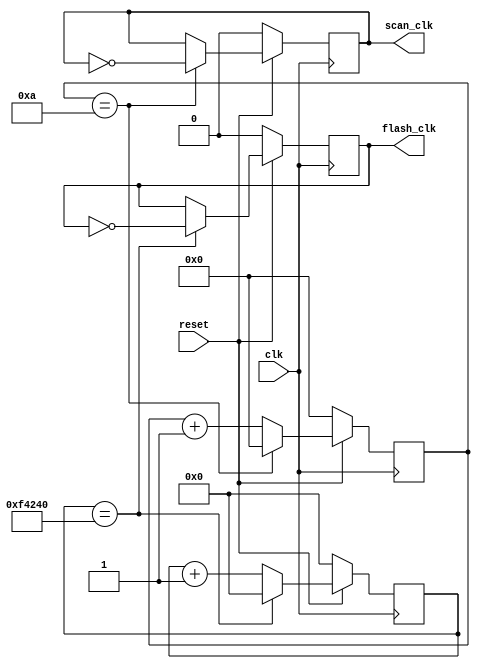
module	clk_generate(
	input		wire		clk,			//20MHZ
	input		wire		reset,
	
	output	reg		scan_clk,	//1MHZ
	output	reg		flash_clk	//10HZ
	
//	output	reg		decoder_clk	//64MHZ
);

reg[3:0]		scan_clk_cnt;
reg[19:0]	flash_clk_cnt;

always	@	(posedge	clk)	begin		//scan_clk	generate	1MHZ
	if(!reset)	begin
		scan_clk				<=	1'b0;
		scan_clk_cnt		<=	4'h0;
	end	else	begin
		if(scan_clk_cnt == 4'ha)	begin		//clk=20M, flip=10
			scan_clk			<=	~scan_clk;
			scan_clk_cnt	<=	4'h0;
		end	else	begin
			scan_clk_cnt	<=	scan_clk_cnt + 1;
		end
	end
end

always	@	(posedge	clk)	begin		//flash_clk generate 10HZ
	if(!reset)	begin
		flash_clk		<=	1'b0;
		flash_clk_cnt	<=	20'h0;
	end	else	begin
		if(flash_clk_cnt == 20'hF4240)	begin		//clk=20M,flip=1000000
			flash_clk		<=	~flash_clk;
			flash_clk_cnt	<=	20'b0;
		end	else	begin
			flash_clk_cnt	<=	flash_clk_cnt + 1;
		end
	end
end

//use EMP IP to generate decoder_clk

endmodule